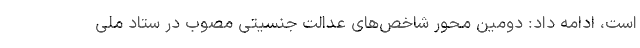
است، ادامه داد: دومین محور شاخص‌های عدالت جنسیتی مصوب در ستاد ملی